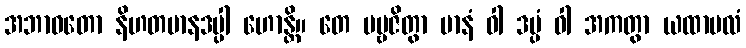
အဘာဝတော နိဟတမာနဒပ္ပါ ဟောန္တိ။ တေ ပဗ္ဗဇိတွာ မာနံ ဝါ ဒပ္ပံ ဝါ အကတွာ ယထာဗလံ